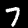
Label: 7